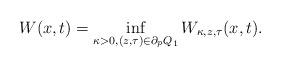
LaTeX: \begin{align*}W(x,t)=\inf_{\kappa>0,(z,\tau)\in\partial_p Q_1}W_{\kappa,z,\tau}(x,t).\end{align*}